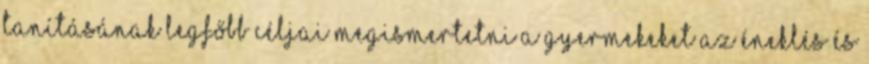
tanításának legfőbb céljai megismertetni a gyermekeket az éneklés és